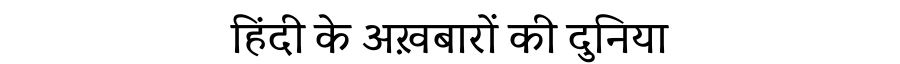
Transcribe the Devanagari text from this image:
हिंदी के अख़बारों की दुनिया